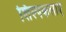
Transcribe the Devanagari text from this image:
शिल्पकलाएं